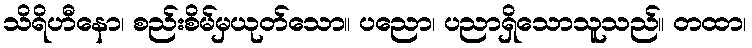
သိရိဟီနော၊ စည်းစိမ်မှယုတ်သော။ ပညော၊ ပညာရှိသောသူသည်။ တထာ၊